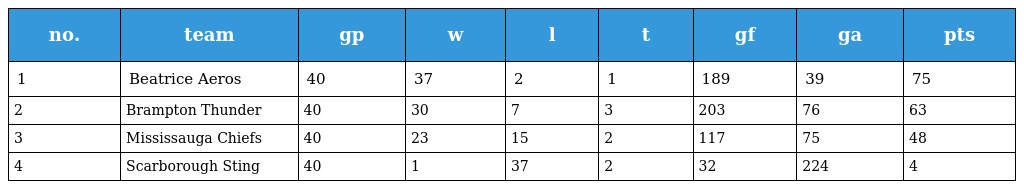
| no. | team | gp | w | l | t | gf | ga | pts |
 | --- | --- | --- | --- | --- | --- | --- | --- | --- |
 | 1 | Beatrice Aeros | 40 | 37 | 2 | 1 | 189 | 39 | 75 |
 | 2 | Brampton Thunder | 40 | 30 | 7 | 3 | 203 | 76 | 63 |
 | 3 | Mississauga Chiefs | 40 | 23 | 15 | 2 | 117 | 75 | 48 |
 | 4 | Scarborough Sting | 40 | 1 | 37 | 2 | 32 | 224 | 4 |